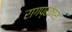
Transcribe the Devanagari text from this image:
रागप्रकाश